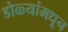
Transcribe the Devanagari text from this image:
डोळ्यांमधून